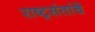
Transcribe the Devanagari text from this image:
राष्ट्रसंतांचे